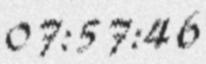
07:57:46